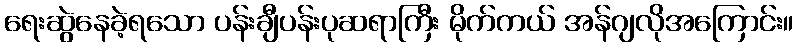
ရေးဆွဲနေခဲ့ရသော ပန်းချီပန်းပုဆရာကြီး မိုက်ကယ် အန်ဂျလိုအကြောင်း။